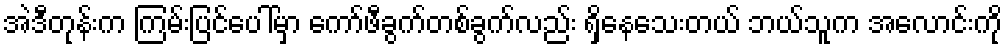
အဲဒီတုန်းက ကြမ်းပြင်ပေါ်မှာ ကော်ဖီခွက်တစ်ခွက်လည်း ရှိနေသေးတယ် ဘယ်သူက အလောင်းကို